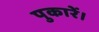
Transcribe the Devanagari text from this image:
पुकारें।